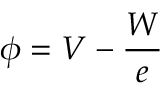
\phi = V - { \frac { W } { e } }